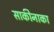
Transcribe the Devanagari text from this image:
साकीनाका